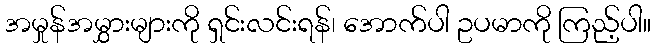
အမှုန်အမွှားများကို ရှင်းလင်းရန်၊ အောက်ပါ ဥပမာကို ကြည့်ပါ။